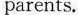
parents.